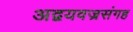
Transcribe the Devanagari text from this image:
अद्वयवज्रसंगह